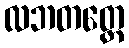
လဘတတ္ထေ